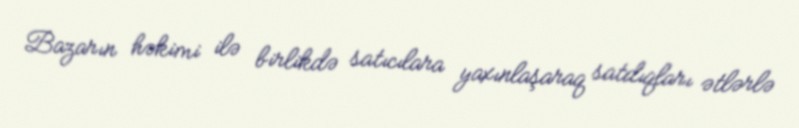
Bazarın həkimi ilə birlikdə satıcılara yaxınlaşaraq satdıqları ətlərlə